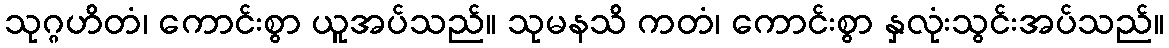
သုဂ္ဂဟိတံ၊ ကောင်းစွာ ယူအပ်သည်။ သုမနသိ ကတံ၊ ကောင်းစွာ နှလုံးသွင်းအပ်သည်။